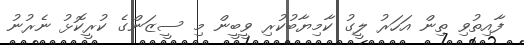
ފާއިތުވި ތިން އަހަރު ލީގު ކާމިޔާބުކުރި ވީބީން މި ސީޒަންގެ ކުރީކޮޅު ނެރުނު